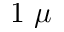
1 ~ \mu